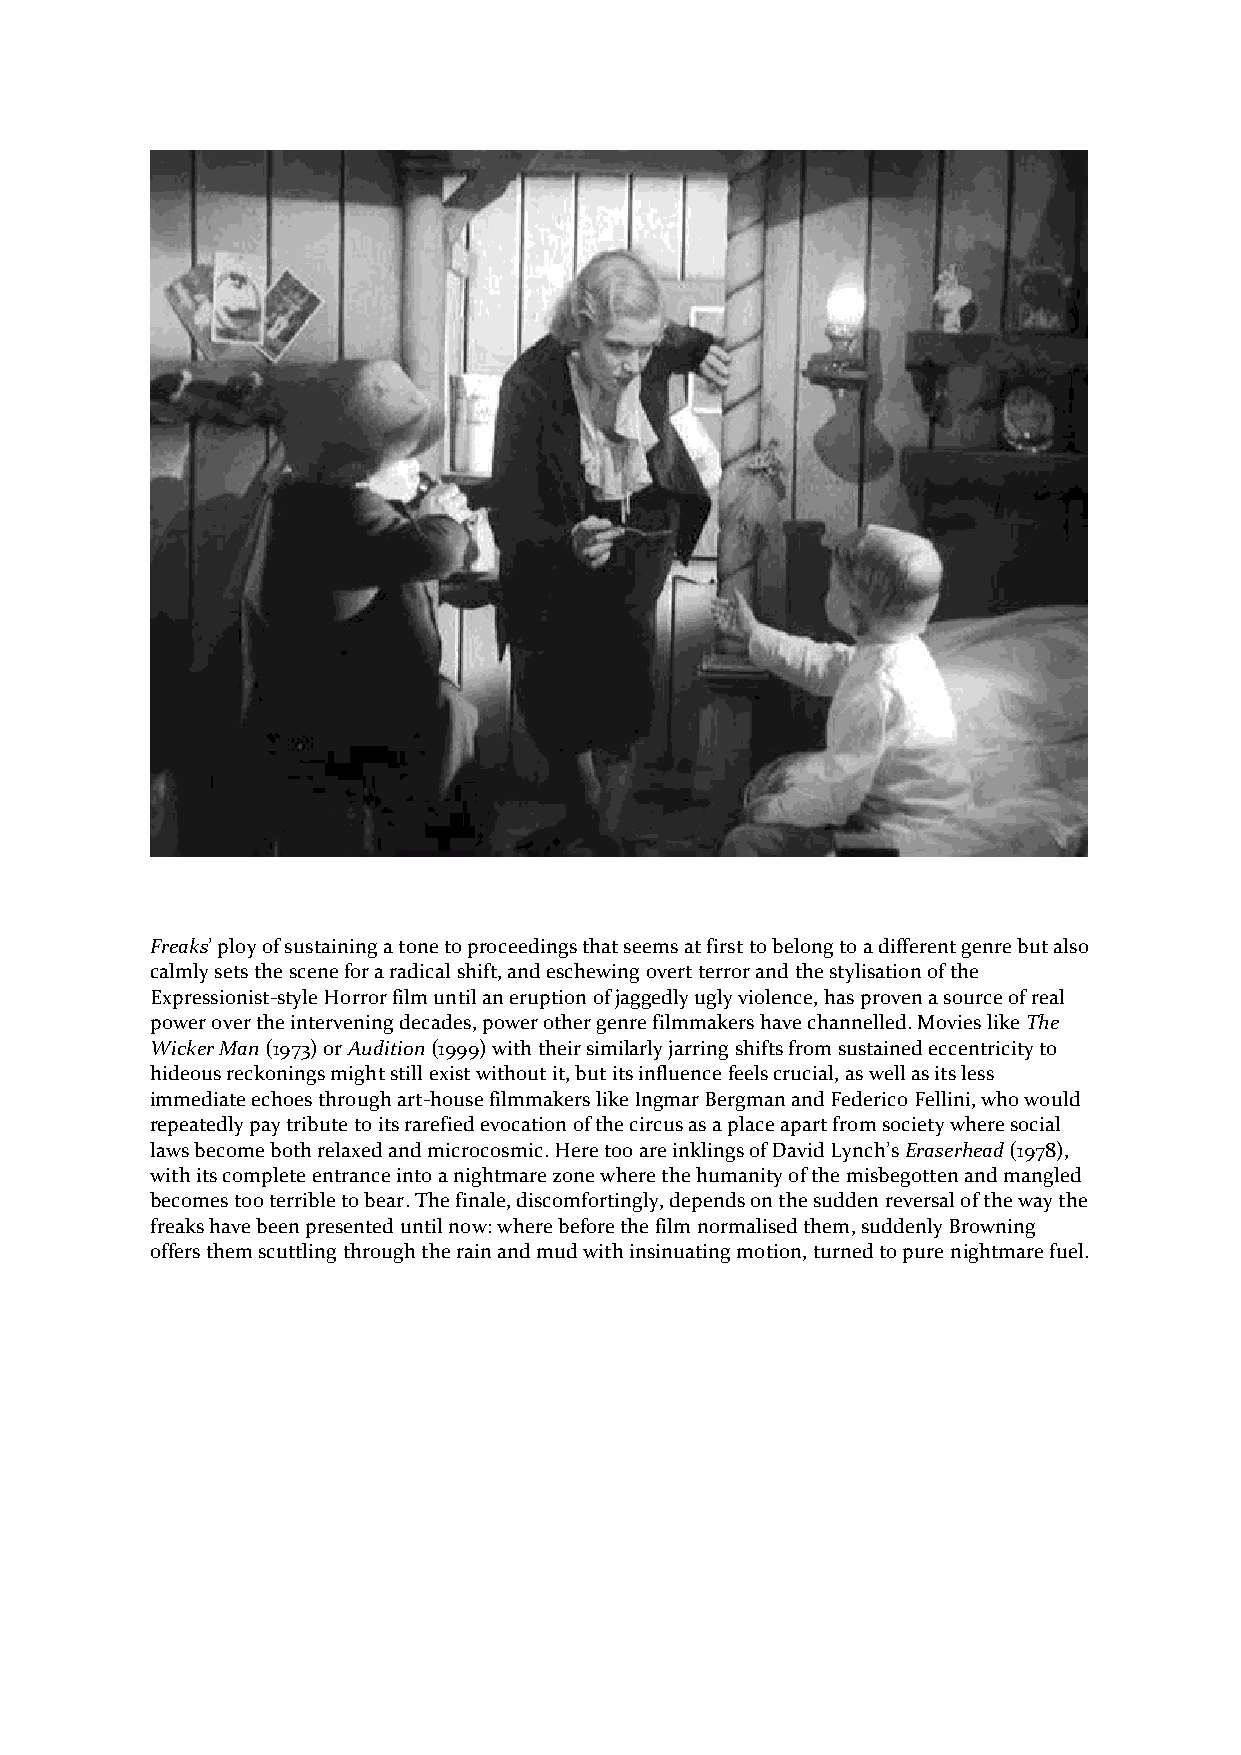
Freaks’ ploy of sustaining a tone to proceedings that seems at first to belong to a different genre but also
 calmly sets the scene for a radical shift, and eschewing overt terror and the stylisation of the
 Expressionist-style Horror film until an eruption of jaggedly ugly violence, has proven a source of real
 power over the intervening decades, power other genre filmmakers have channelled. Movies like The
 Wicker Man (1973) or Audition (1999) with their similarly jarring shifts from sustained eccentricity to
 hideous reckonings might still exist without it, but its influence feels crucial, as well as its less
 immediate echoes through art-house filmmakers like Ingmar Bergman and Federico Fellini, who would
 repeatedly pay tribute to its rarefied evocation of the circus as a place apart from society where social
 laws become both relaxed and microcosmic. Here too are inklings of David Lynch’s Eraserhead (1978),
 with its complete entrance into a nightmare zone where the humanity of the misbegotten and mangled
 becomes too terrible to bear. The finale, discomfortingly, depends on the sudden reversal of the way the
 freaks have been presented until now: where before the film normalised them, suddenly Browning
 offers them scuttling through the rain and mud with insinuating motion, turned to pure nightmare fuel.